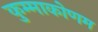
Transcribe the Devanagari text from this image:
कुम्माकोणम